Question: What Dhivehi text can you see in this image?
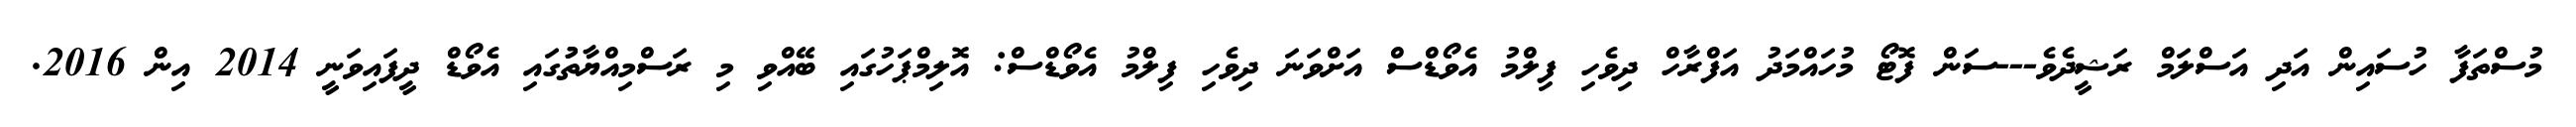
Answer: މުސްތަފާ ހުސައިން އަދި އަސްލަމް ރަޝީދެވެ---ސަން ފޮޓޯ މުހައްމަދު އަފްރާހް ދިވެހި ފިލްމު އެވޯޑްސް އަށްވަނަ ދިވެހި ފިލްމު އެވޯޑްސް: އޮލިމްޕަހުގައި ބޭއްވި މި ރަސްމިއްޔާތުުގައި އެވޯޑް ދީފައިވަނީ 2014 އިން 2016.